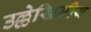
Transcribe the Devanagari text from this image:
उल्लेखिनीय